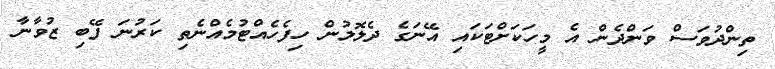
ތިންދުވަސް ވަންދެން އެ މީހަކަށްޓަކައި އޭނަގެ ދެލޮލުން ހިފެހެއްޓުމެއްނެތި ކަރުނަ ފޭބި ޒުވާނާ